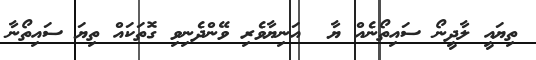
ތިޔައީ ލާދީނޯ ސައިތޯނެއް ޔާ  އަނިޔާވެރި ވޭންދެނިވި ގޮތަކައް ތިޔަ ސައިތޯނާ